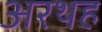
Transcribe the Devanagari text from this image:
अरथह